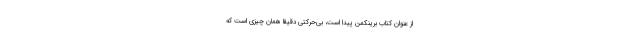
از عنوان کتاب برینکمن پیدا است، بی‌حرکتی دقیقاً همان چیزی است که